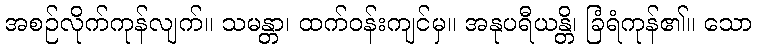
အစဉ်လိုက်ကုန်လျက်။ သမန္တာ၊ ထက်ဝန်းကျင်မှ။ အနုပရီယန္တိ၊ ခြံရံကုန်၏။ သော